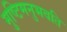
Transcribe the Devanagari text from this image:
मुष्टिमनुभवति